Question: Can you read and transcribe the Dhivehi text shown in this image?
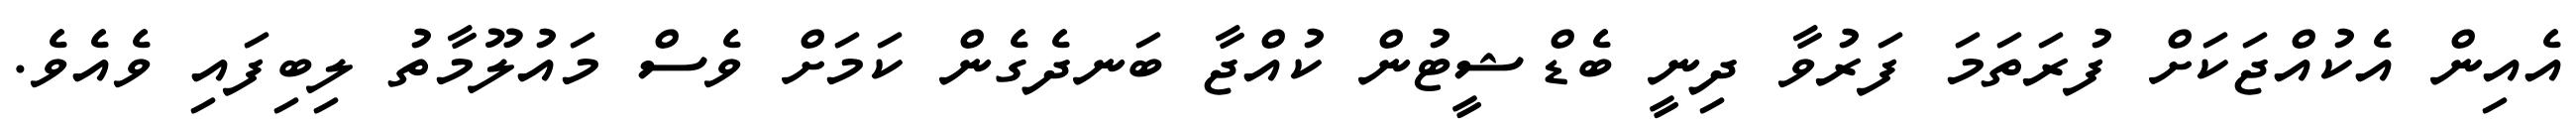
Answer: އެއިން އެކުއްޖަކަށް ފުރަތަމަ ފަރުވާ ދިނީ ބެޑްޝީޓުން ކުއްޖާ ބަނދެގެން ކަމަށް ވެސް މައުލޫމާތު ލިބިފައި ވެއެވެ.